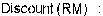
DISCOUNT(RM) :